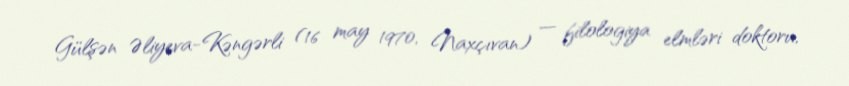
Gülşən Əliyeva-Kəngərli (16 may 1970, Naxçıvan) — filologiya elmləri doktoru,